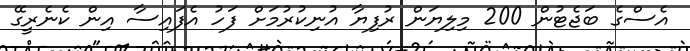
އެސްގެ ބަޖެޓުން 200 މިލިޔަން ރުފިޔާ އުނިކުރުމަށް ފަހު އެފައިސާ އިން ކެނެރީގޭ